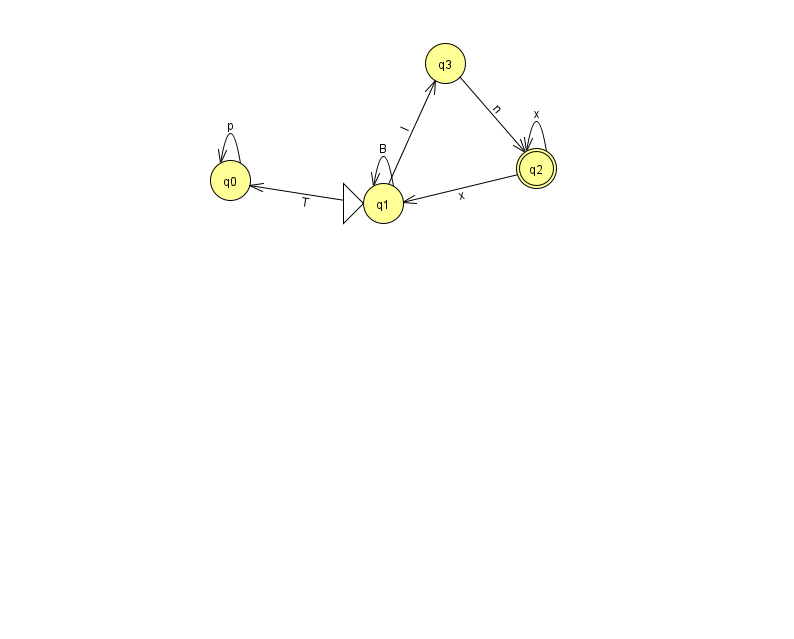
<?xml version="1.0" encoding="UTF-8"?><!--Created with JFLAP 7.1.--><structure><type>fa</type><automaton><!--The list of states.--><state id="0" name="q0"><x>230.0</x><y>167.0</y></state><state id="1" name="q1"><x>383.0</x><y>190.0</y><initial/></state><state id="2" name="q2"><x>536.0</x><y>155.0</y><final/></state><state id="3" name="q3"><x>445.0</x><y>50.0</y></state><!--The list of transitions.--><transition><from>0</from><to>0</to><read>p</read></transition><transition><from>3</from><to>2</to><read>n</read></transition><transition><from>1</from><to>0</to><read>T</read></transition><transition><from>1</from><to>1</to><read>B</read></transition><transition><from>1</from><to>3</to><read>I</read></transition><transition><from>2</from><to>1</to><read>x</read></transition><transition><from>2</from><to>2</to><read>x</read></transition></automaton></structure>